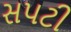
સપટી